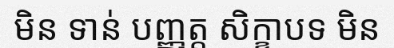
មិន ទាន់ បញ្ញត្ត សិក្ខាបទ មិន